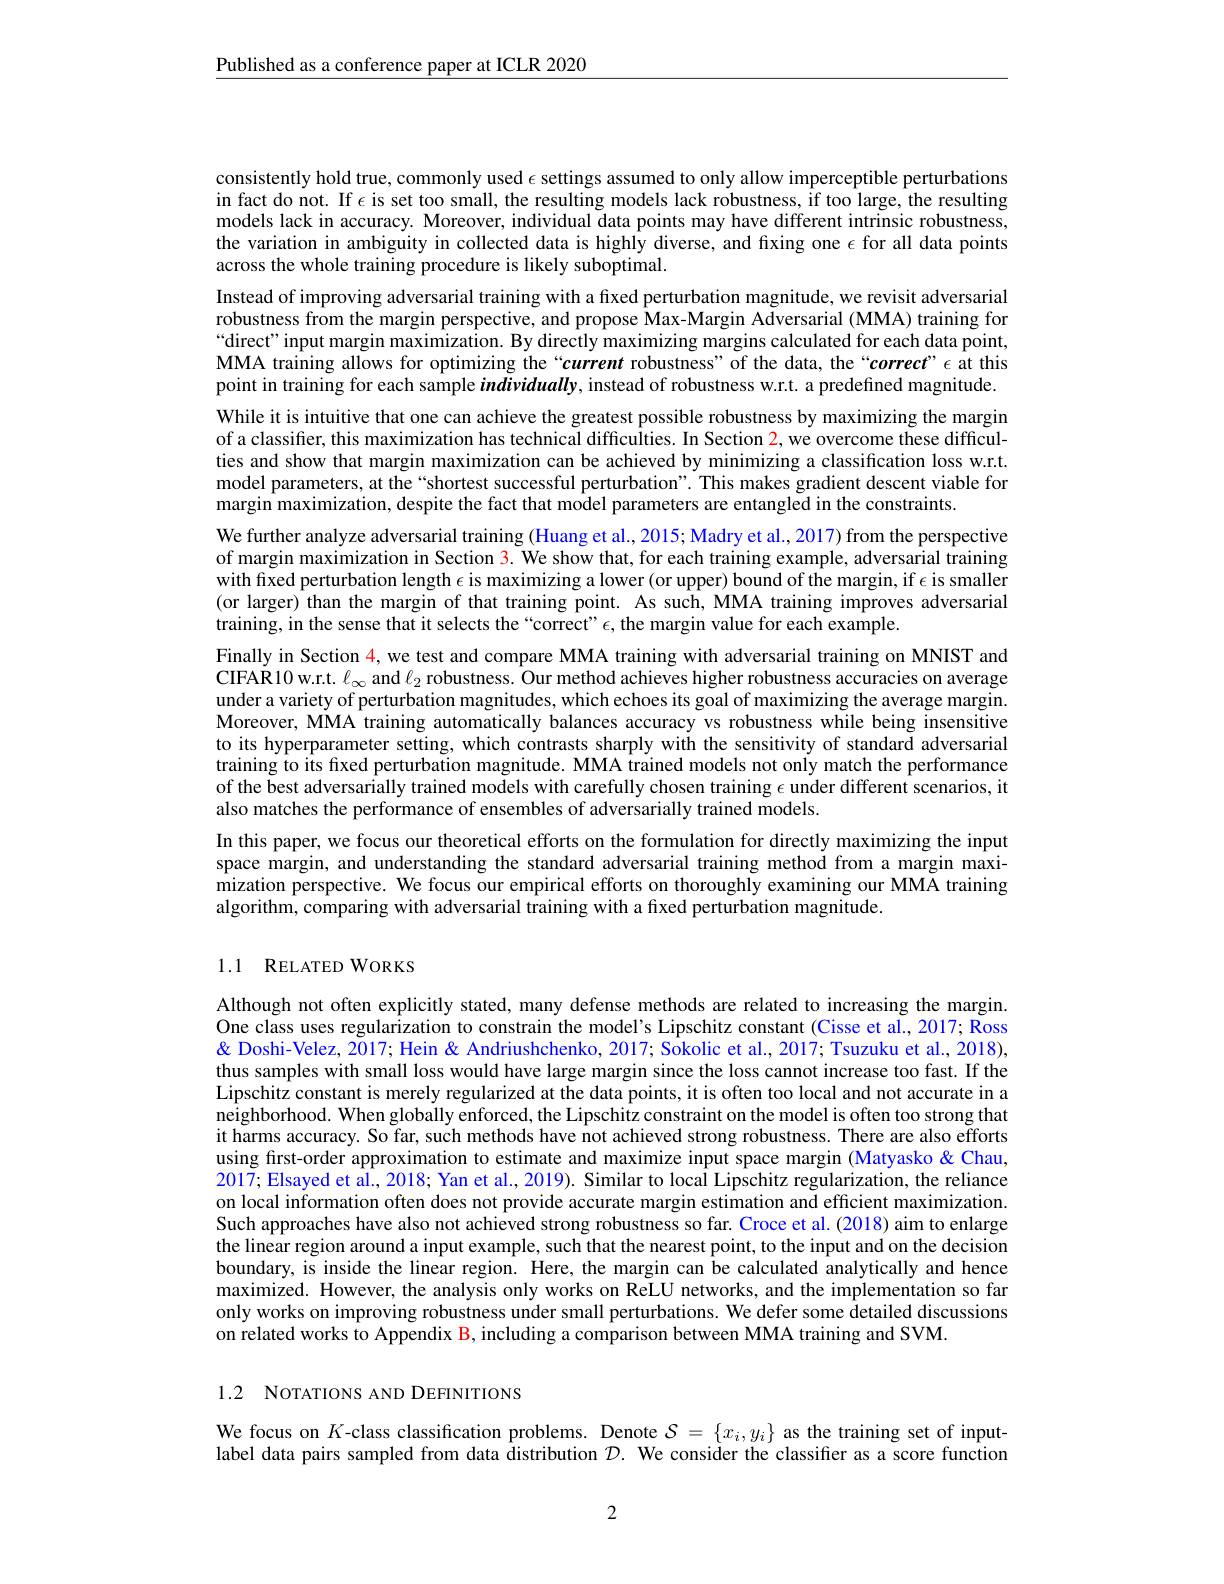
$\underline{\text{Published as a conference paper at ICLR 2020}}$

consistently hold true, commonly used $\epsilon$ settings assumed to only allow imperceptible perturbations in fact do not. If $\epsilon$ is set too small, the resulting models lack robustness, if too large, the resulting models lack in accuracy. Moreover, individual data points may have different intrinsic robustness, the variation in ambiguity in collected data is highly diverse, and fixing one $\epsilon$ for all data points across the whole training procedure is likely suboptimal.
Instead of improving adversarial training with a fixed perturbation magnitude, we revisit adversarial robustness from the margin perspective, and propose Max-Margin Adversarial (MMA) training for “direct”input margin maximization. By directly maximizing margins calculated for each data point, MMA training allows for optimizing the “current robustness" of the data, the “correct”$\epsilon$ at this point in training for each sample $individually$, instead of robustness w.r.t. a predefined magnitude. While it is intuitive that one can achieve the greatest possible robustness by maximizing the margin of a classifier, this maximization has technical difficulties. In Section 2, we overcome these difficulties and show that margin maximization can be achieved by minimizing a classification loss w.r.t. model parameters, at the“shortest successful perturbation”. This makes gradient descent viable for margin maximization, despite the fact that model parameters are entangled in the constraints.
We further analyze adversarial training (Huang et al., 2015; Madry et al., 2017) from the perspective of margin maximization in Section $\color{red}{3.\text{ We show that, for each training example, adversarial training}}$ with fixed perturbation length $\epsilon$ is maximizing a lower (or upper) bound of the margin, if $\epsilon$ is smaller (or larger) than the margin of that training point. As such, MMA training improves adversarial training, in the sense that it selects the“correct” $\epsilon$, the margin value for each example.
Finally in Section $\color{red}{4,\text{we test and compare MMA training with adversarial training on MNIST and}}$ CIFAR10 w.r.t. $\ell_\infty$ and $\ell_2$ robustness. Our method achieves higher robustness accuracies on average under a variety of perturbation magnitudes, which echoes its goal of maximizing the average margin. Moreover, MMA training automatically balances accuracy vs robustness while being insensitive to its hyperparameter setting, which contrasts sharply with the sensitivity of standard adversarial training to its frxed perturbation magnitude. MMA trained models not only match the performance of the best adversarially trained models with carefully chosen training $\epsilon$ under different scenarios, it also matches the performance of ensembles of adversarially trained models.
In this paper, we focus our theoretical efforts on the formulation for directly maximizing the input space margin, and understanding the standard adversarial training method from a margin maximization perspective. We focus our empirical efforts on thoroughly examining our MMA training algorithm, comparing with adversarial training with a fixed perturbation magnitude.

## 1.1 RELATED WORKS

Although not often explicitly stated, many defense methods are related to increasing the margin. One class uses regularization to constrain the model's Lipschitz constant (Cisse et al., 2017; Ross & Doshi- Velez, 2017; Hein & Andriushchenko, 2017; Sokolic et al., 2017; Tsuzuku et al., 2018), thus samples with small loss would have large margin since the loss cannot increase too fast. If the Lipschitz constant is merely regularized at the data points, it is often too local and not accurate in a neighborhood. When globally enforced, the Lipschitz constraint on the model is often too strong that it harms accuracy. So far, such methods have not achieved strong robustness. There are also efforts using fırst-order approximation to estimate and maximize input space margin (Matyasko & Chau, 2017; Elsayed et al., 2018; Yan et al., 2019). Similar to local Lipschitz regularization, the reliance on local information often does not provide accurate margin estimation and efficient maximization. Such approaches have also not achieved strong robustness so far. Croce et al. (2018) aim to enlarge the linear region around a input example, such that the nearest point, to the input and on the decision boundary, is inside the linear region. Here, the margin can be calculated analytically and hence maximized. However, the analysis only works on ReLU networks, and the implementation so far only works on improving robustness under small perturbations. We defer some $\hat{\text{detailedd}}$ discussions on related works to Appendix B, including a comparison between MMA training and SVM.

1.2 NOTATIONS AND DEFINITIONS

We focus on $K$-class classification problems. Denote $\mathcal{S}=\{x_i,y_i\}$ as the training set of inputlabel data pairs sampled from data distribution $\mathcal{D}.$ We consider the classifier as a score function

2